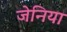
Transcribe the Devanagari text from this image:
जेनिया